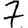
Digit: 7